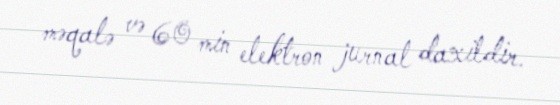
məqalə və 60 min elektron jurnal daxildir.